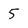
Character: 5